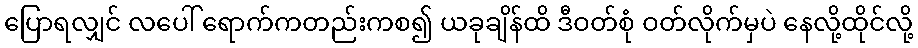
ပြောရလျှင် လပေါ် ရောက်ကတည်းကစ၍ ယခုချိန်ထိ ဒီဝတ်စုံ ဝတ်လိုက်မှပဲ နေလို့ထိုင်လို့